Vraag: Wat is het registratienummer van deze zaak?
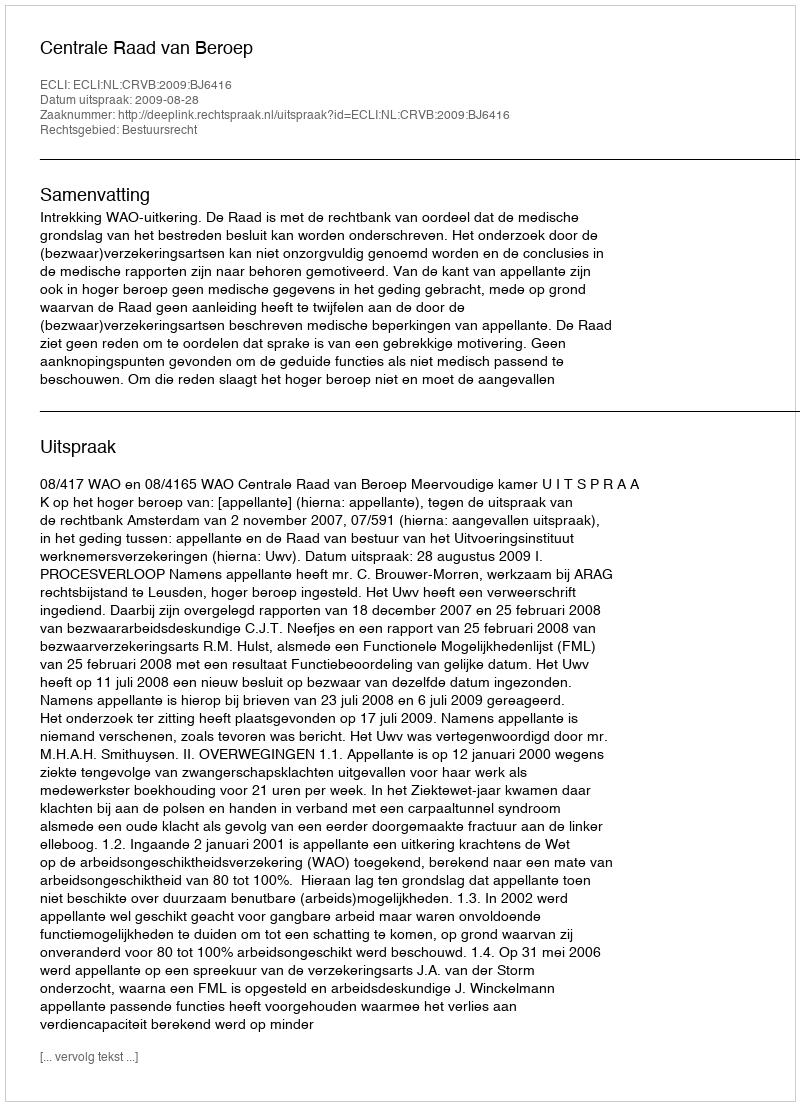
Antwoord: http://deeplink.rechtspraak.nl/uitspraak?id=ECLI:NL:CRVB:2009:BJ6416